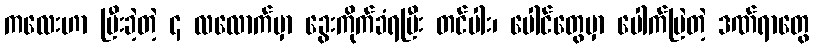
ကလေးဟာ ပြီးခဲ့တဲ့ ၄ လလောက်မှာ ခွေးကိုက်ခံရပြီး တင်ပါး၊ ပေါင်တွေမှာ ပေါက်ပြဲတဲ့ ဒဏ်ရာတွေ